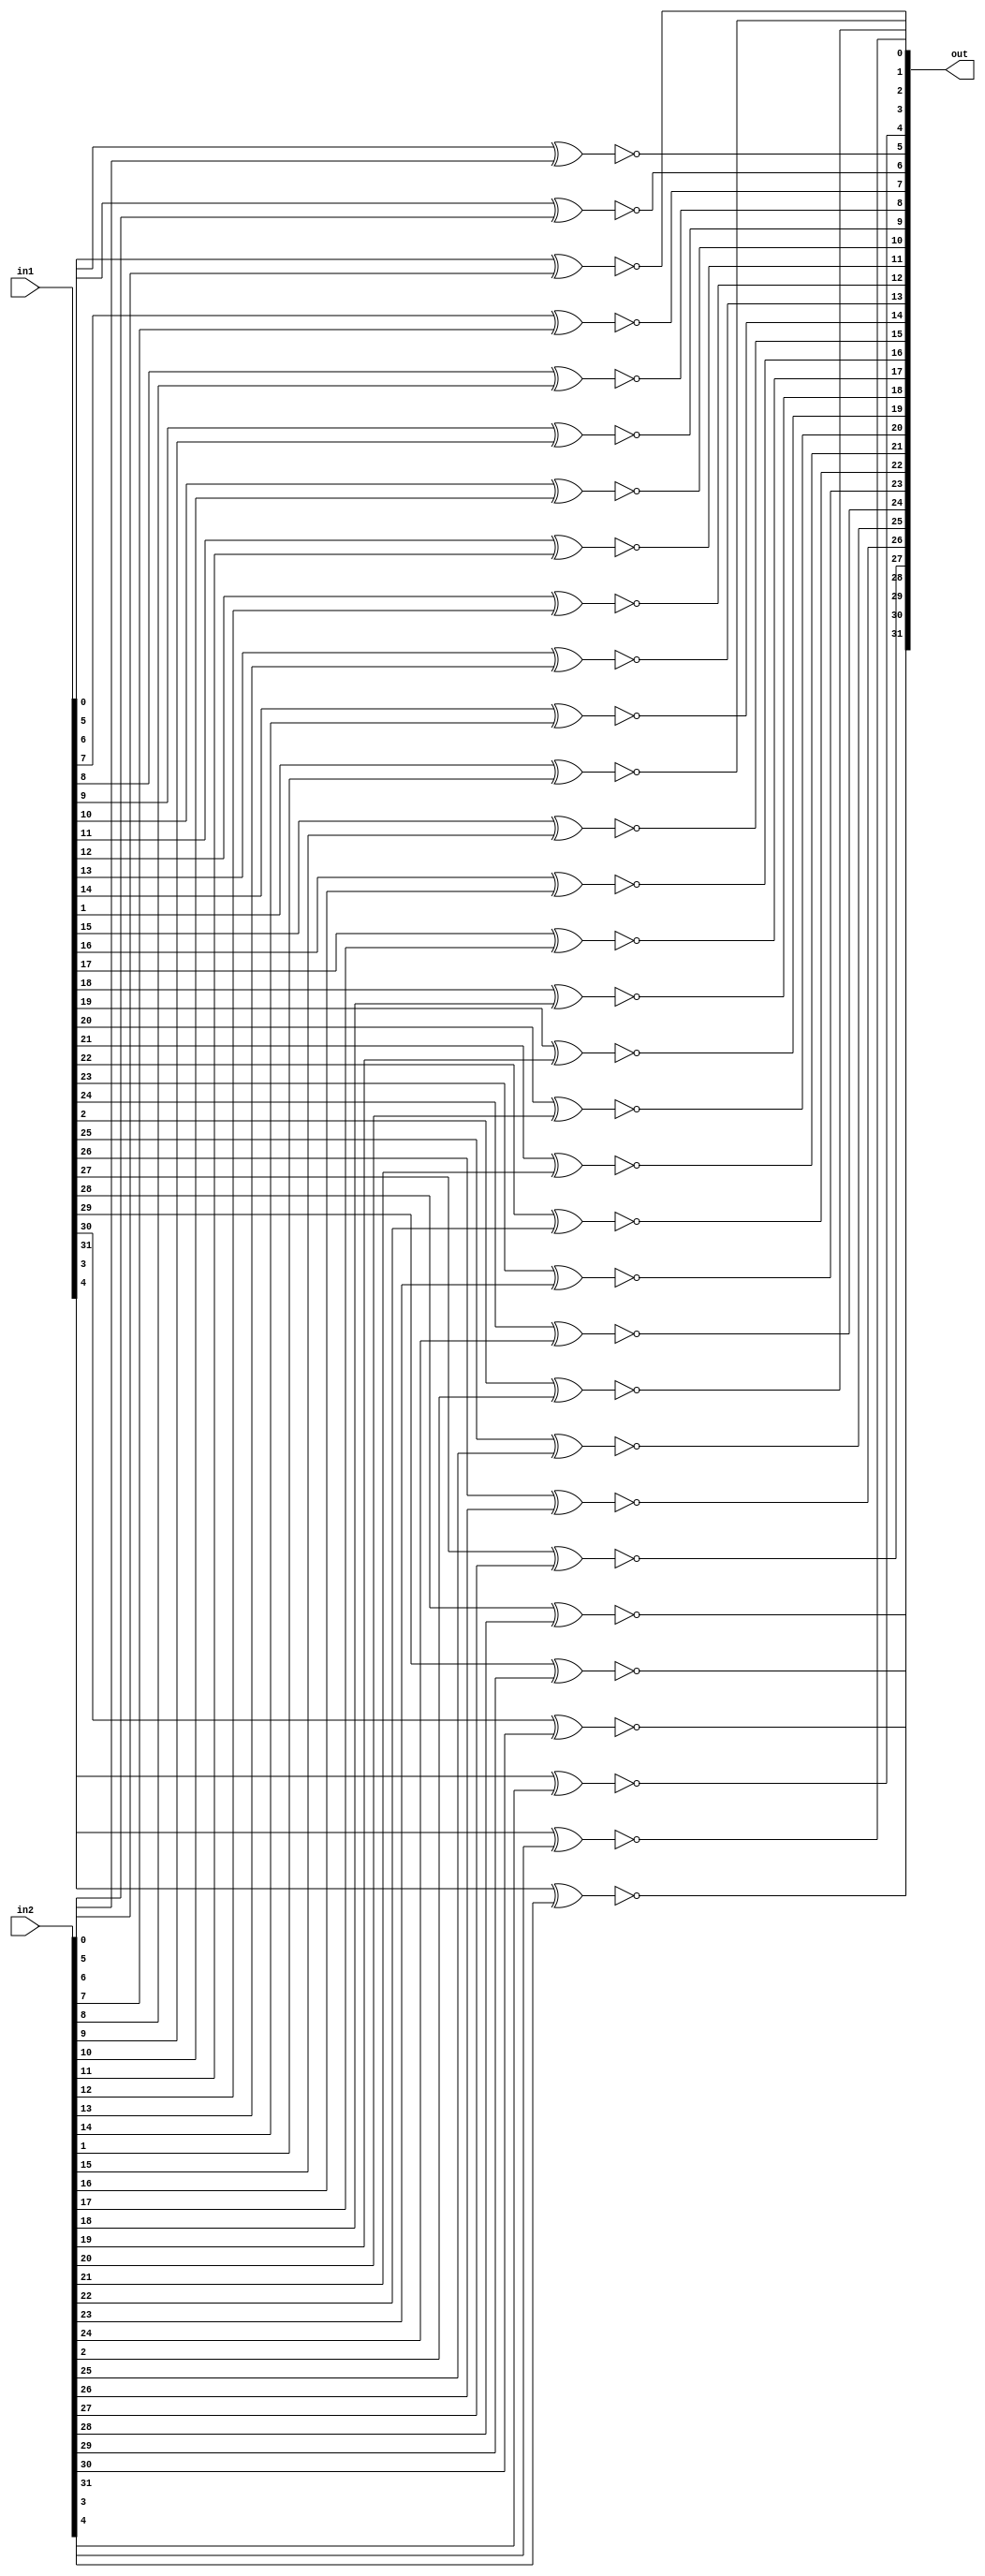
module bitXnor(out, in1, in2);
	input [31:0] in1, in2;
	
	output [31:0] out;
	
	genvar i;
	generate
		for(i = 0; i < 32; i=i+1) begin: loop1
			xnor myxnor(out[i], in1[i], in2[i]);
		end
	endgenerate

endmodule